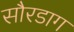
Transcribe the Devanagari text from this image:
सौरडाग